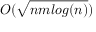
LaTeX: O ( { \sqrt { n m l o g ( n ) } } )